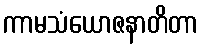
ကာမသံယောဇနာတိတာ